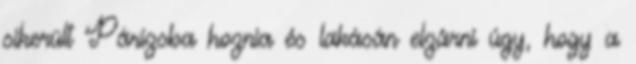
sikerült Párizsba hoznia és lakásán elzárni úgy, hogy a